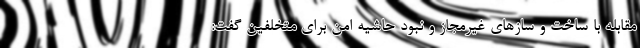
مقابله با ساخت و سازهای غیرمجاز و نبود حاشیه امن برای متخلفین گفت: